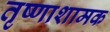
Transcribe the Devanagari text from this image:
तृष्णाशामक